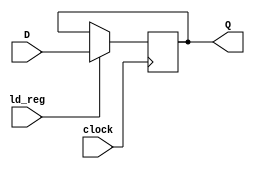
`timescale 1ns / 1ps
//////////////////////////////////////////////////////////////////////////////////
// Company: 
// Engineer: 
// 
// Design Name: 
// Module Name: register
// Project Name: 
// Target Devices: 
// Tool Versions: 
// Description: 
// 
// Dependencies: 
// 
// Revision:
// Revision 0.01 - File Created
// Additional Comments:
// 
//////////////////////////////////////////////////////////////////////////////////


module register(input clock, input ld_reg, input [31:0] D, output reg [31:0] Q);
always @(posedge clock)
begin
    if(ld_reg)
    Q=D;
    else
    Q=Q;
end
endmodule